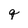
Character: q